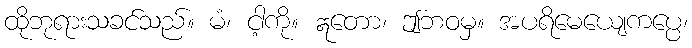
ထိုဘုရားသခင်သည်။ မံ၊ ငါ့ကို။ ဣတော၊ ဤဘဝမှ။ အပရိမေယျေကပ္ပေ၊